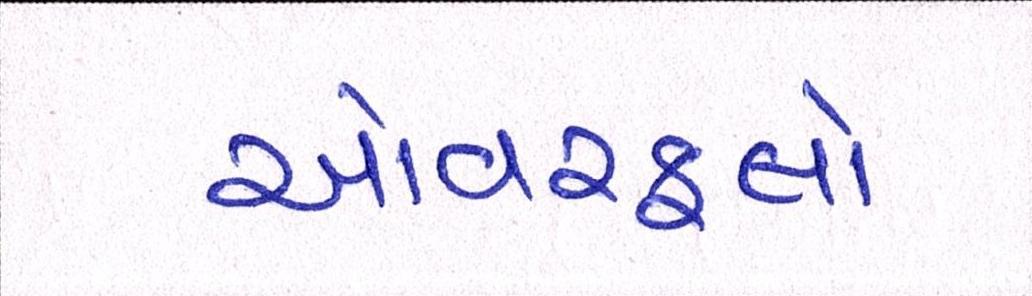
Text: ઓવરફ્લો